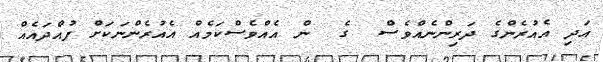
އަދި އެއުރެންގެ ދަރިންނެއްވެސް  ގެ  ން އެއްވެސްކަމެއް އެއުރެންނަކަށް ފުއްދައެއް